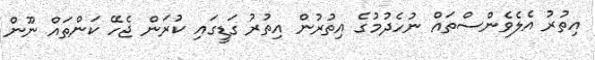
އިތުރު އެލެވެންސްތައް ނުހެދުމުގެ އިތުރުން އިތުރު ގަޑީގައި ކުރަން ޖެހޭ ކަންތައް ނޫން